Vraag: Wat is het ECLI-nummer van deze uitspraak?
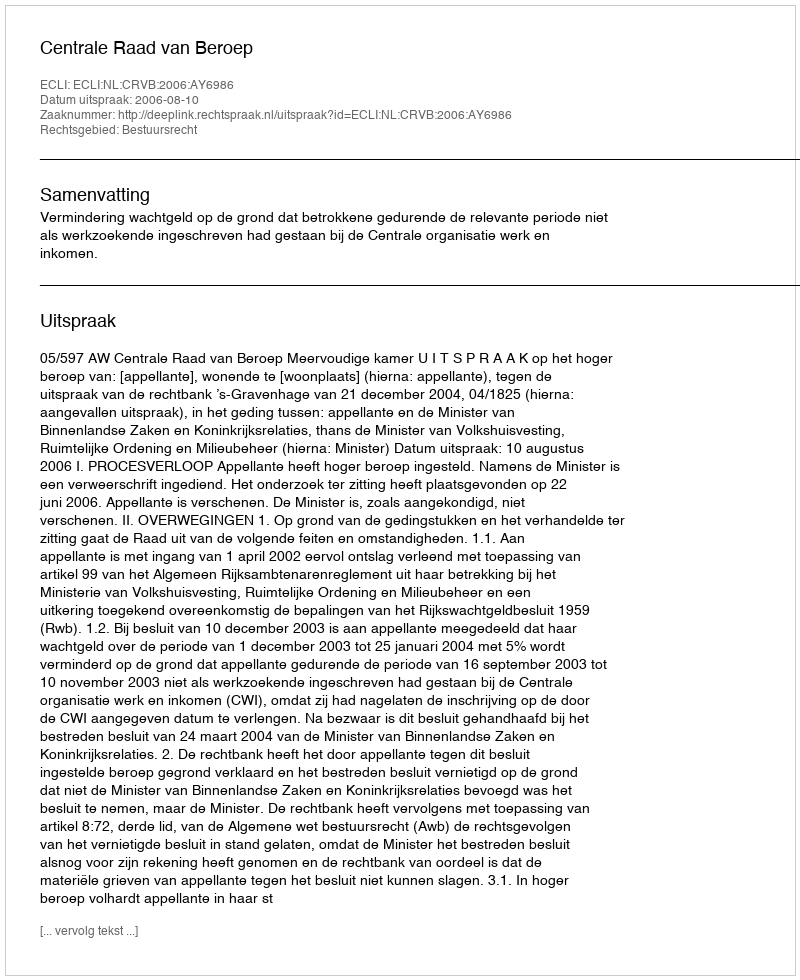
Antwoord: ECLI:NL:CRVB:2006:AY6986